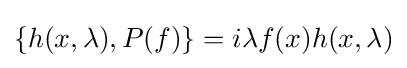
\{h(x,\lambda ),P(f)\}=i\lambda f(x)h(x,\lambda )